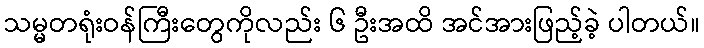
သမ္မတရုံးဝန်ကြီးတွေကိုလည်း ၆ ဦးအထိ အင်အားဖြည့်ခဲ့ ပါတယ်။